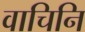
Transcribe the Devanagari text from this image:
वाचिनि